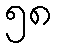
၅၈